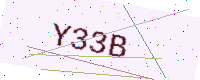
Text: Y33B